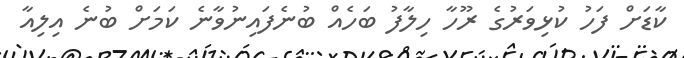
ކާޑަށް ފަހު ކުޅިވަރުގެ ރޫހާ ހިލާފު ބަހެއް ބުނެފައިނުވާނެ ކަމަށް ބުނެ އިލިއާ